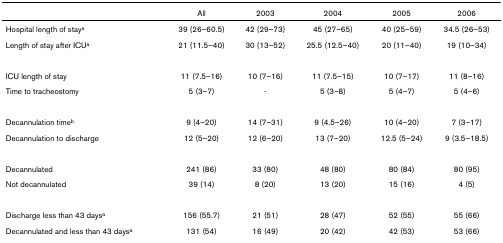
<table><thead><tr><td></td><td><b>All</b></td><td><b>2003</b></td><td><b>2004</b></td><td><b>2005</b></td><td><b>2006</b></td></tr></thead><tbody><tr><td>Hospital length of stay<sup>a</sup></td><td>39 (26–60.5)</td><td>42 (29–73)</td><td>45 (27–65)</td><td>40 (25–59)</td><td>34.5 (26–53)</td></tr><tr><td>Length of stay after ICU<sup>a</sup></td><td>21 (11.5–40)</td><td>30 (13–52)</td><td>25.5 (12.5–40)</td><td>20 (11–40)</td><td>19 (10–34)</td></tr><tr><td>ICU length of stay</td><td>11 (7.5–16)</td><td>10 (7–16)</td><td>11 (7.5–15)</td><td>10 (7–17)</td><td>11 (8–16)</td></tr><tr><td>Time to tracheostomy</td><td>5 (3–7)</td><td>-</td><td>5 (3–8)</td><td>5 (4–7)</td><td>5 (4–6)</td></tr><tr><td>Decannulation time<sup>b</sup></td><td>9 (4–20)</td><td>14 (7–31)</td><td>9 (4.5–26)</td><td>10 (4–20)</td><td>7 (3–17)</td></tr><tr><td>Decannulation to discharge</td><td>12 (5–20)</td><td>12 (6–20)</td><td>13 (7–20)</td><td>12.5 (5–24)</td><td>9 (3.5–18.5)</td></tr><tr><td>Decannulated</td><td>241 (86)</td><td>33 (80)</td><td>48 (80)</td><td>80 (84)</td><td>80 (95)</td></tr><tr><td>Not decannulated</td><td>39 (14)</td><td>8 (20)</td><td>13 (20)</td><td>15 (16)</td><td>4 (5)</td></tr><tr><td>Discharge less than 43 days<sup>a</sup></td><td>156 (55.7)</td><td>21 (51)</td><td>28 (47)</td><td>52 (55)</td><td>55 (66)</td></tr><tr><td>Decannulated and less than 43 days<sup>a</sup></td><td>131 (54)</td><td>16 (49)</td><td>20 (42)</td><td>42 (53)</td><td>53 (66)</td></tr></tbody></table>